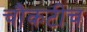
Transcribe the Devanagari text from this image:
चौकटीच